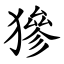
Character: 㺑